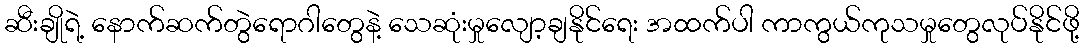
ဆီးချိုရဲ့ နောက်ဆက်တွဲရောဂါတွေနဲ့ သေဆုံးမှုလျော့ချနိုင်ရေး အထက်ပါ ကာကွယ်ကုသမှုတွေလုပ်နိုင်ဖို့